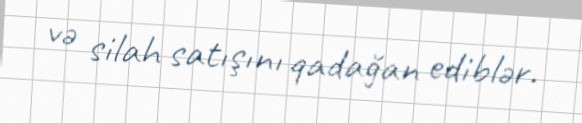
və silah satışını qadağan ediblər.